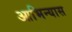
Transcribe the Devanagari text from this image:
आभिन्यास